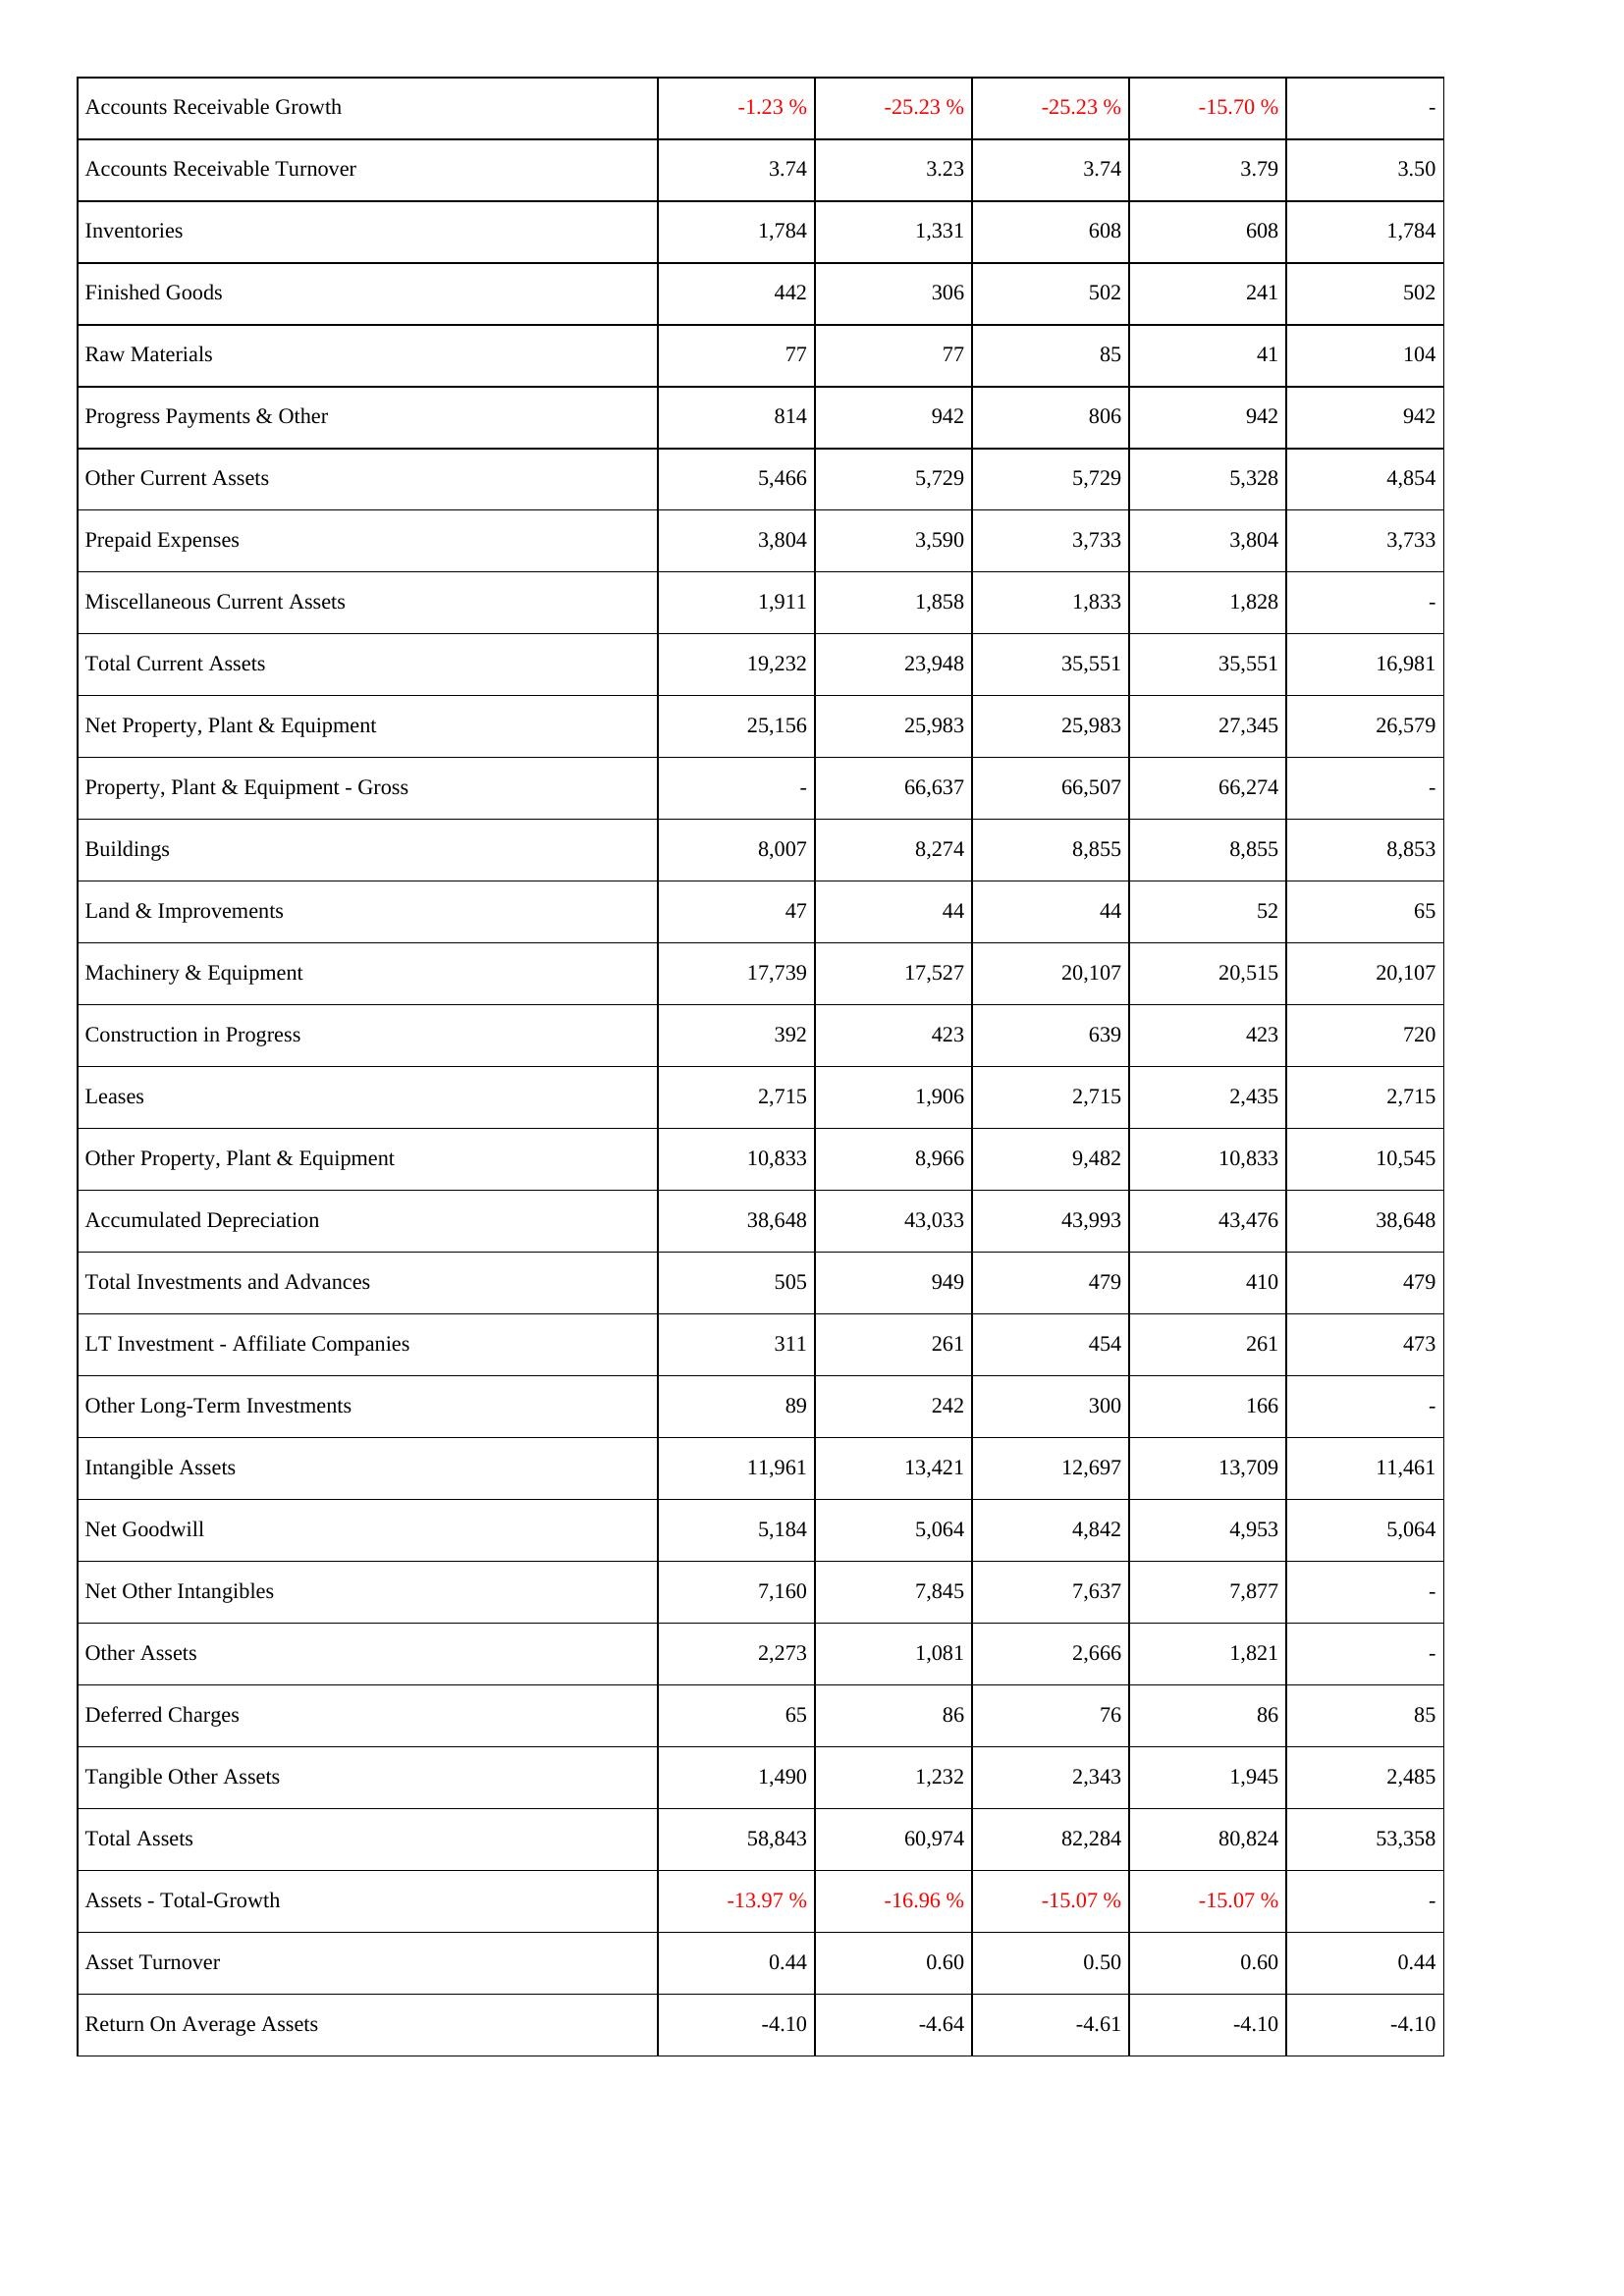
2025: Assets: Accounts Receivable Growth: -1.23 %
Accounts Receivable Turnover: 3.74
Inventories: 1,784
Finished Goods: 442
Raw Materials: 77
Progress Payments & Other: 814
Other Current Assets: 5,466
Prepaid Expenses: 3,804
Miscellaneous Current Assets: 1,911
Total Current Assets: 19,232
Net Property, Plant & Equipment: 25,156
Property, Plant & Equipment - Gross: -
Buildings: 8,007
Land & Improvements: 47
Machinery & Equipment: 17,739
Construction in Progress: 392
Leases: 2,715
Other Property, Plant & Equipment: 10,833
Accumulated Depreciation: 38,648
Total Investments and Advances: 505
LT Investment - Affiliate Companies: 311
Other Long-Term Investments: 89
Intangible Assets: 11,961
Net Goodwill: 5,184
Net Other Intangibles: 7,160
Other Assets: 2,273
Deferred Charges: 65
Tangible Other Assets: 1,490
Total Assets: 58,843
Assets - Total-Growth: -13.97 %
Asset Turnover: 0.44
Return On Average Assets: -4.10
2024: Assets: Accounts Receivable Growth: -25.23 %
Accounts Receivable Turnover: 3.23
Inventories: 1,331
Finished Goods: 306
Raw Materials: 77
Progress Payments & Other: 942
Other Current Assets: 5,729
Prepaid Expenses: 3,590
Miscellaneous Current Assets: 1,858
Total Current Assets: 23,948
Net Property, Plant & Equipment: 25,983
Property, Plant & Equipment - Gross: 66,637
Buildings: 8,274
Land & Improvements: 44
Machinery & Equipment: 17,527
Construction in Progress: 423
Leases: 1,906
Other Property, Plant & Equipment: 8,966
Accumulated Depreciation: 43,033
Total Investments and Advances: 949
LT Investment - Affiliate Companies: 261
Other Long-Term Investments: 242
Intangible Assets: 13,421
Net Goodwill: 5,064
Net Other Intangibles: 7,845
Other Assets: 1,081
Deferred Charges: 86
Tangible Other Assets: 1,232
Total Assets: 60,974
Assets - Total-Growth: -16.96 %
Asset Turnover: 0.60
Return On Average Assets: -4.64
2023: Assets: Accounts Receivable Growth: -25.23 %
Accounts Receivable Turnover: 3.74
Inventories: 608
Finished Goods: 502
Raw Materials: 85
Progress Payments & Other: 806
Other Current Assets: 5,729
Prepaid Expenses: 3,733
Miscellaneous Current Assets: 1,833
Total Current Assets: 35,551
Net Property, Plant & Equipment: 25,983
Property, Plant & Equipment - Gross: 66,507
Buildings: 8,855
Land & Improvements: 44
Machinery & Equipment: 20,107
Construction in Progress: 639
Leases: 2,715
Other Property, Plant & Equipment: 9,482
Accumulated Depreciation: 43,993
Total Investments and Advances: 479
LT Investment - Affiliate Companies: 454
Other Long-Term Investments: 300
Intangible Assets: 12,697
Net Goodwill: 4,842
Net Other Intangibles: 7,637
Other Assets: 2,666
Deferred Charges: 76
Tangible Other Assets: 2,343
Total Assets: 82,284
Assets - Total-Growth: -15.07 %
Asset Turnover: 0.50
Return On Average Assets: -4.61
2022: Assets: Accounts Receivable Growth: -15.70 %
Accounts Receivable Turnover: 3.79
Inventories: 608
Finished Goods: 241
Raw Materials: 41
Progress Payments & Other: 942
Other Current Assets: 5,328
Prepaid Expenses: 3,804
Miscellaneous Current Assets: 1,828
Total Current Assets: 35,551
Net Property, Plant & Equipment: 27,345
Property, Plant & Equipment - Gross: 66,274
Buildings: 8,855
Land & Improvements: 52
Machinery & Equipment: 20,515
Construction in Progress: 423
Leases: 2,435
Other Property, Plant & Equipment: 10,833
Accumulated Depreciation: 43,476
Total Investments and Advances: 410
LT Investment - Affiliate Companies: 261
Other Long-Term Investments: 166
Intangible Assets: 13,709
Net Goodwill: 4,953
Net Other Intangibles: 7,877
Other Assets: 1,821
Deferred Charges: 86
Tangible Other Assets: 1,945
Total Assets: 80,824
Assets - Total-Growth: -15.07 %
Asset Turnover: 0.60
Return On Average Assets: -4.10
2021: Assets: Accounts Receivable Growth: -
Accounts Receivable Turnover: 3.50
Inventories: 1,784
Finished Goods: 502
Raw Materials: 104
Progress Payments & Other: 942
Other Current Assets: 4,854
Prepaid Expenses: 3,733
Miscellaneous Current Assets: -
Total Current Assets: 16,981
Net Property, Plant & Equipment: 26,579
Property, Plant & Equipment - Gross: -
Buildings: 8,853
Land & Improvements: 65
Machinery & Equipment: 20,107
Construction in Progress: 720
Leases: 2,715
Other Property, Plant & Equipment: 10,545
Accumulated Depreciation: 38,648
Total Investments and Advances: 479
LT Investment - Affiliate Companies: 473
Other Long-Term Investments: -
Intangible Assets: 11,461
Net Goodwill: 5,064
Net Other Intangibles: -
Other Assets: -
Deferred Charges: 85
Tangible Other Assets: 2,485
Total Assets: 53,358
Assets - Total-Growth: -
Asset Turnover: 0.44
Return On Average Assets: -4.10